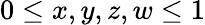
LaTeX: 0\leq x,y,z,w\leq 1